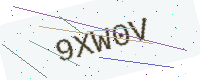
Text: 9XW0V